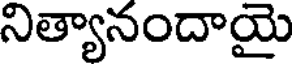
నిత్యానందాయై